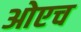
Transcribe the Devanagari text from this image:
ओएच